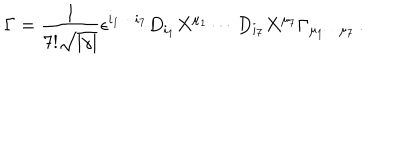
LaTeX: \Gamma = { \frac { 1 } { 7 ! \sqrt { | \gamma | } } } \epsilon ^ { i _ { 1 } \cdots i _ { 7 } } D _ { i _ { 1 } } X ^ { \mu _ { 1 } } \cdots D _ { i _ { 7 } } X ^ { \mu _ { 7 } } \Gamma _ { \mu _ { 1 } \cdots \mu _ { 7 } } \, .